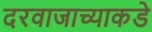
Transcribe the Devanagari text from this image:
दरवाजाच्याकडे